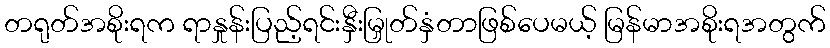
တရုတ်အစိုးရက ရာနှုန်းပြည့်ရင်းနှီးမြှုတ်နှံတာဖြစ်ပေမယ့် မြန်မာအစိုးရအတွက်